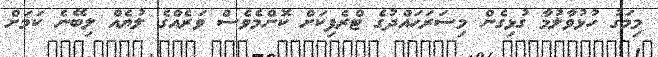
މިމަގު ހުޅުވާލުމާ ގުޅިގެން މިސަރަހައްދުގެ ޓްރެފިކަށް ކޮންމެވެސް ވަރެއްގެ ލުޔެއް ލިބޭނެ ކަމަށް